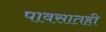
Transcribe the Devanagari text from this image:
पावसातही